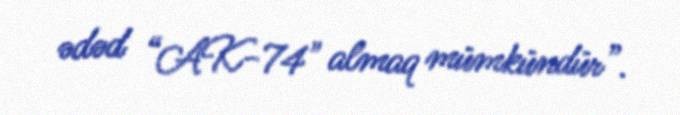
ədəd “AK-74" almaq mümkündür”.